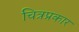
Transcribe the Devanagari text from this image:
चित्रप्रकार